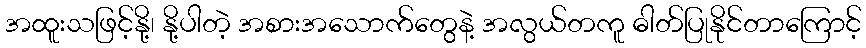
အထူးသဖြင့်နို့၊ နို့ပါတဲ့ အစားအသောက်တွေနဲ့ အလွယ်တကူ ဓါတ်ပြုနိုင်တာကြောင့်